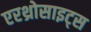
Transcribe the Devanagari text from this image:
एरथ्रोसाइट्स